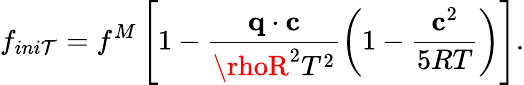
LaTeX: f_{ini\mathcal{T}}=f^{M}\left[1-\frac{{\mathbf{q}\cdot\mathbf{c}}}{{\rhoR^{2}T^{2}}}\left(1-\frac{{\mathbf{c}^{2}}}{{5RT}}\right)\right].